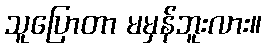
သူပြောတာ မမှန်ဘူးလား။